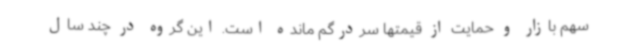
سهم بازار و حمایت از قیمتها سردرگم مانده است. این گروه در چند سال